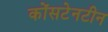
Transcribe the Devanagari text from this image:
कोंसटेनटीन